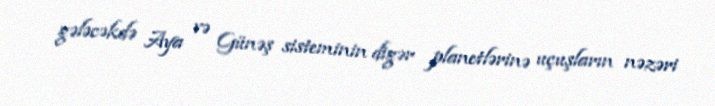
gələcəkdə Aya və Günəş sisteminin digər planetlərinə uçuşların nəzəri